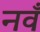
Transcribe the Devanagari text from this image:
नवँ